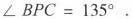
\angle BPC=135^{\circ}。